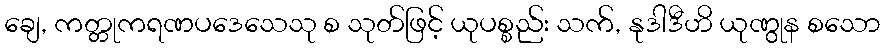
ချေ, ကတ္တုကရဏပဒေသေသု စ သုတ်ဖြင့် ယုပစ္စည်း သက်, နုဒါဒီဟိ ယုဏွုန စသော